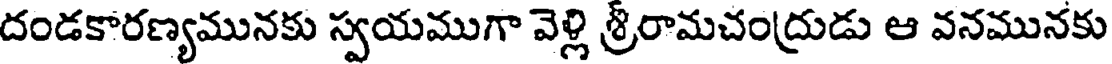
దండకారణ్యమునకు స్వయముగా వెళ్లి శ్రీరామచంద్రుడు ఆ వనమునకు